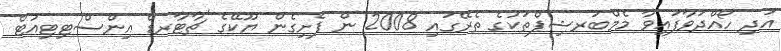
އަދި ހޯއްދަވާފައިވާ މެމްބަރޝިޕްތަކުގެ ތެރޭގައި 2008 ން ފެށިގެން ޔޫކޭގެ 'ޗާޓާރޑް އިންސްޓިޓިއުޓް